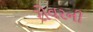
રોવરની